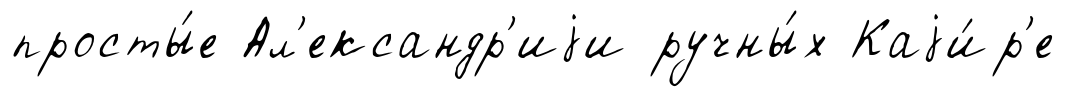
просты́е Ал'ександр'иjи ручны́х Каjи́р'е